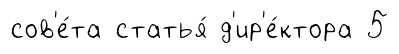
сов'е́та статья́ д'ир'е́ктора 5